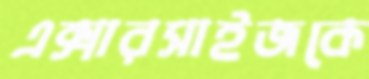
এক্সারসাইজকে